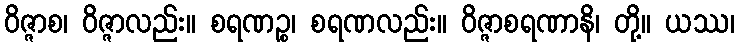
ဝိဇ္ဇာစ၊ ဝိဇ္ဇာလည်း။ စရဏဉ္စ၊ စရဏလည်း။ ဝိဇ္ဇာစရဏာနိ၊ တို့။ ယဿ၊